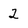
Character: 2